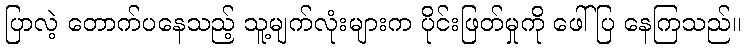
ပြာလဲ့ တောက်ပနေသည့် သူ့မျက်လုံးများက ပိုင်းဖြတ်မှုကို ဖေါ်ပြ နေကြသည်။